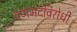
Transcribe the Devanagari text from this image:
वर्णभेदविरोधी